system: You are a helpful assistant.
user:
Analyze the provided spectrum to determine if it is a **M-type Giant (gM)**.

A M-type Giant spectrum is defined by its **strong molecular absorption** features, particularly from **Titanium Oxide (TiO)**. You must check for one of the following mutually exclusive signatures:

- **Key Visual Indicators (Absorption-Dominated Spectrum):**

    - **(Primary):** The spectrum is dominated by strong molecular absorption from **Titanium Oxide (TiO)**. This is the **defining feature** of its M-type temperature class.
        - **(Key Bandheads):** Look for sharp, "saw-tooth" absorption valleys. The strongest are located near **~7050 Å**, **~6160 Å**, and **~5170 Å**.
        - **(Line Profile):** The "saw-tooth" morphology is critical: a **sharp, steep drop on the BLUE (short-wavelength) side** of the bandhead, followed by a gradual recovery (rising flux) towards the RED (long-wavelength) side.

    - **(Key Confirmation - Giant vs. Dwarf):** **ABSENCE** of strong **Calcium Hydride (CaH)** molecular bands. This is the primary diagnostic for *excluding* M-dwarfs.
        - **(Key Region):** The spectrum should lack the strong, broad absorption band seen in dwarfs between **~6800 Å and ~7000 Å**.

    - **(Secondary Confirmation - Giant):** A very strong and broad **Neutral Calcium (Ca I)** atomic absorption line.
        - **(Key Line):** Located at **~4226 Å**. In a giant (gM), this line is significantly deeper and broader than the same line in an M-dwarf (dM) due to low surface gravity.

    - **(Overall Spectrum):**
        - The continuum is **extremely red-sloping** (i.e., flux is very low in the blue and rises dramatically towards the red).
        - The entire spectrum appears "chopped up" by the deep TiO bands.

Think first, call **spectral_visualization_tool** if needed to examine features in detail, then provide your final answer. Your response must adhere to the following strict rules:
1.  **Overall Structure:** Your response must follow the format `<think>...</think> <tool_call>...</tool_call> (if a tool is used) <answer>...</answer>`.
2.  **Tool Usage Constraint:** You may only make **one** tool call per turn.
3.  **Final Answer Format:** In the `<answer>` tag, your conclusion must be inside a `\boxed{}` command (e.g., `\boxed{YES}` or `\boxed{NO}`), followed by your justification.

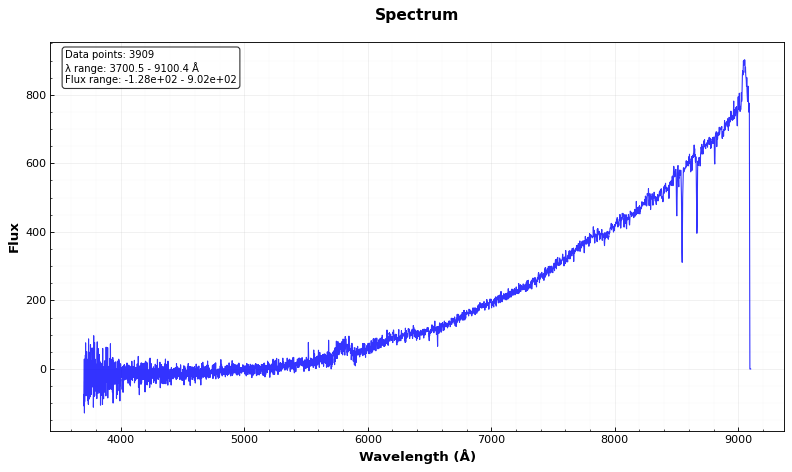
Answer: NO